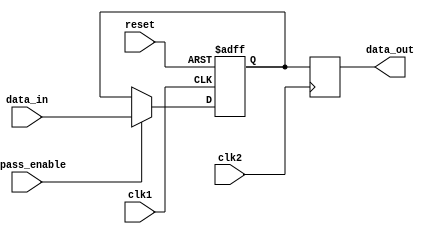
module two_way_bypass_register (
    input wire clk1,  // Clock signal for domain 1
    input wire clk2,  // Clock signal for domain 2
    input wire reset,  // Reset signal
    input wire bypass_enable,  // Bypass enable signal
    input wire [31:0] data_in,  // Input data bus
    output reg [31:0] data_out  // Output data bus
);

reg [31:0] register_data;

// Bypass logic
always @ (posedge clk1 or posedge reset)
begin
    if (reset)
        register_data <= 32'd0;
    else if (bypass_enable)
        register_data <= data_in;
end

// Clock domain synchronization
always @ (posedge clk2)
begin
    data_out <= register_data;
end

endmodule